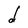
Character: d